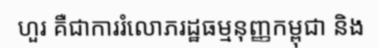
ហួរ គឺជាការរំលោភរដ្ឋធម្មនុញ្ញកម្ពុជា និង